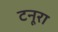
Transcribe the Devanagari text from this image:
टनूरा